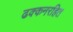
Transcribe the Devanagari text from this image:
ढक्कनरहित